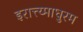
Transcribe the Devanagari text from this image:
इरात्त्य्माधुरम